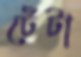
ঢেঁটা